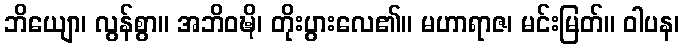
ဘိယျော၊ လွန်စွာ။ အဘိဝဍ္ဎိ၊ တိုးပွားလေ၏။ မဟာရာဇ၊ မင်းမြတ်။ ဝါပန၊